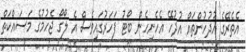
އެތެރޭގެ އުދުހުންތައް އުދުހޭ އެހެނިހެން ބޯޓު ފަހަރުގައިވެސް އެ ލޯގޯ ޖެހުމުގެ މަސައްކަތް